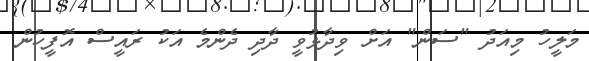
މަލީހު މިއަދު "ސަން" އަށް ވިދާޅުވީ ދާދި ދެންމެ އަކު ރައީސް އޮފީހުން